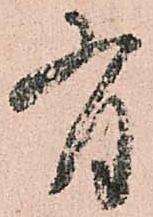
有